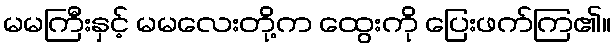
မမကြီးနှင့် မမလေးတို့က ထွေးကို ပြေးဖက်ကြ၏။